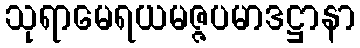
သုရာမေရယမဇ္ဇပမာဒဋ္ဌာနာ